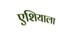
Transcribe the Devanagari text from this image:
एशियाला